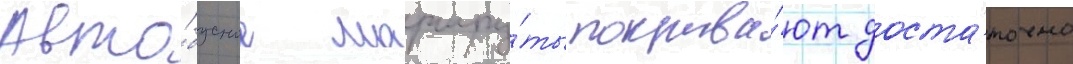
Авто́бусные маршру́ты покрыва́ют доста́точно